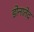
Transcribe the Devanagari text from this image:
डोनातेद